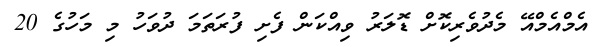
އެމްއެމްއޭ މެދުވެރިކޮށް ޑޮލަރު ވިއްކަން ފެށި ފުރަތަމަ ދުވަހު މި މަހުގެ 20